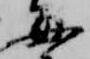
毎